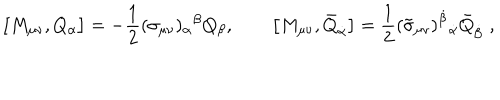
\big [ M _ { \mu \nu } , Q _ { \alpha } \big ] = - { \frac { 1 } { 2 } } ( \sigma _ { \mu \nu } ) _ { \alpha } { } ^ { \beta } Q _ { \beta } , \qquad \big [ M _ { \mu \nu } , \bar { Q } _ { \dot { \alpha } } \big ] = { \frac { 1 } { 2 } } ( \tilde { \sigma } _ { \mu \nu } ) ^ { \dot { \beta } } { } _ { \dot { \alpha } } \bar { Q } _ { \dot { \beta } } \; ,